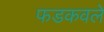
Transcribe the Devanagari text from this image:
फडकवले